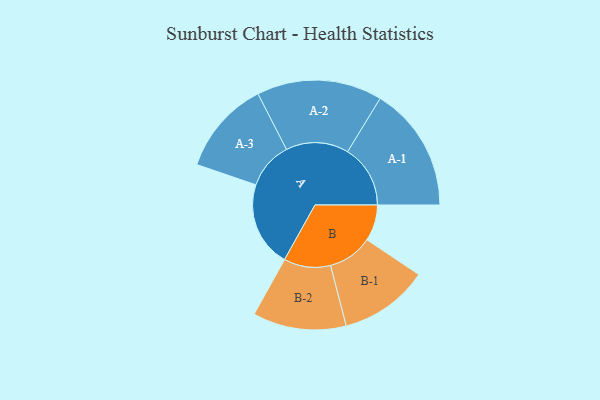
{"axis": {"x": "Segment", "y": "Value"}, "legend": ["", "A", "B"], "data": [{"x": "A", "y": 283, "type": ""}, {"x": "B", "y": 120, "type": ""}, {"x": "A-1", "y": 208, "type": "A"}, {"x": "A-2", "y": 208, "type": "A"}, {"x": "A-3", "y": 156, "type": "A"}, {"x": "B-1", "y": 148, "type": "B"}, {"x": "B-2", "y": 155, "type": "B"}]}